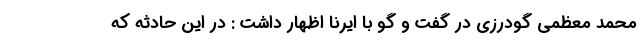
محمد معظمی گودرزی در گفت و گو با ایرنا اظهار داشت : در این حادثه که